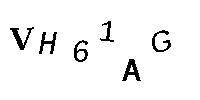
VH61AG